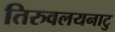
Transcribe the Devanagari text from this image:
तिरुवलयनाटु